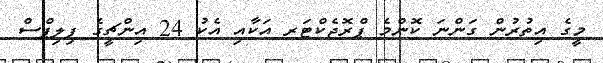
މީގެ އިތުރުން ގަންނަ ކޮންމެ ޕްރޮޖެކްޓަރ އަކާއި އެކު 24 އިންޗީގެ ފިލިޕްސް